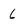
Character: 6